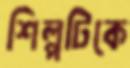
শিল্পটিকে